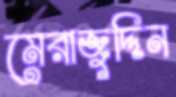
মেরাজুদ্দিন